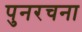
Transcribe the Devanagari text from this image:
पुनरचना